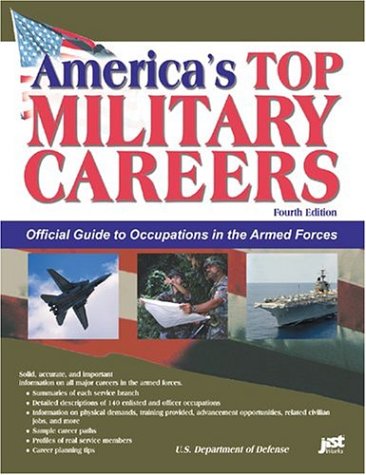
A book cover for America's Top Military Careers: Official Guide to Occupations in the Armed Forces; U.S. Department of Defense; Business & Money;